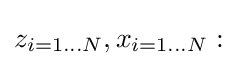
z_{i=1\dots N},x_{i=1\dots N}: